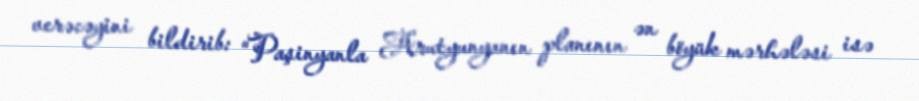
verəcəyini bildirib: “Paşinyanla Arutyunyanın planının ən böyük mərhələsi isə